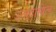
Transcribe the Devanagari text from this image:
उत्त्रदायित्व